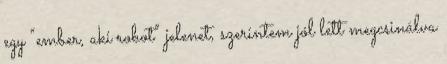
egy “ember, aki robot” jelenet, szerintem jól lett megcsinálva